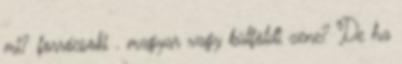
mi? forrócsoki . magyar vagy külföldi zene? De ha